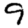
Digit: 9